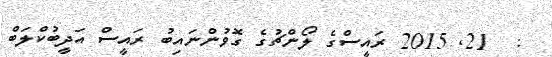
:  21